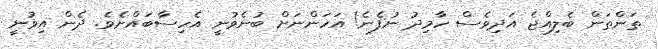
ތަންތަން ބެލިއްޖެ އަދިވެސް ހާމިދު ނުފެނެ! އަހަންނަށް ބުނެވުނީ އެހިސާބައްށެވެ. ދެން އިވުނީ